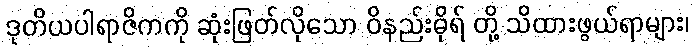
ဒုတိယပါရာဇိကကို ဆုံးဖြတ်လိုသော ဝိနည်းဓိုရ် တို့ သိထားဖွယ်ရာများ၊